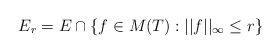
\begin{align*}E_{r} = E\cap \{f \in M(T): ||f||_{\infty} \le r\}\end{align*}